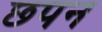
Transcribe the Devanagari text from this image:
छपन